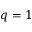
q = 1